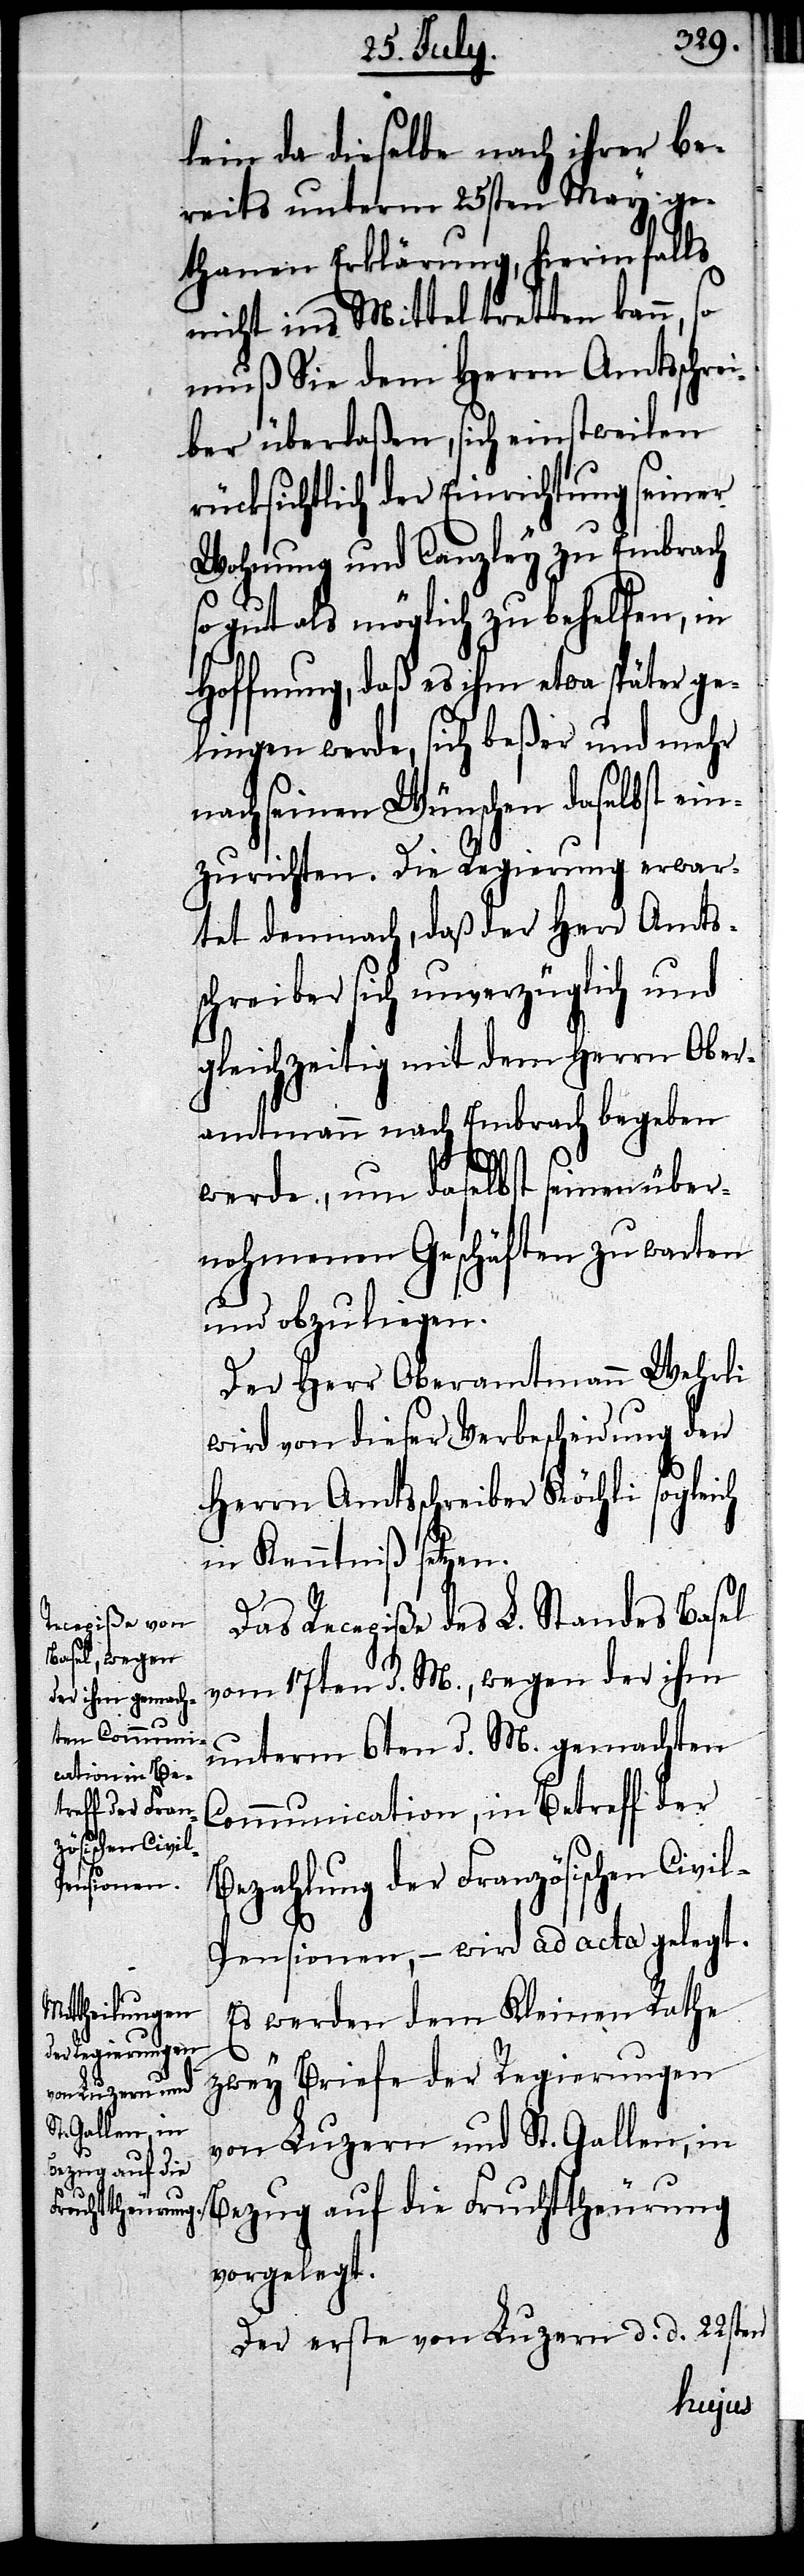
lein da dieselbe nach ihrer be¬
reits unterm 25sten May ge¬
thanen Erklärung, hierinfalls
nicht ins Mittel tretten kann, so
muß Sie dem Herrn Amtsschre¬
iber überlaßen, sich einstweilen
rücksichtlich der Einrichtung seiner
Wohnung und Canzley zu Embrach
so gut es möglich zu behelfen, in
Hoffnung, daß es ihm etwa später ge¬
lingen werde, sich beßer und mehr
nach seinen Wünschen daselbst ein¬
zurichten. Die Regierung erwar¬
tet demnach, daß der Herr Amts¬
schreiber sich unverzüglich und
gleichzeitig mit dem Herrn Ober¬
amtmann nach Embrach begeben
werde, um daselbst seinen über¬
nohmenen Geschäften zu warten
und obzuliegen.
Der Herr Oberamtmann Wehrli
wird von dieser Verbscheidung den
Herrn Amtsschreiber Köchli sogleich
in Kenntniß setzen.
Das Recepiße des L. Standes Basel
d.
Communication, in Betreff der
Bezahlung der Französischen Civi¬
l-Pensionen, – wird ad acta gelegt.
Es werden dem Kleinen Rathe
M. gemachten
zwey Briefe der Regierungen
von Luzern und St. Gallen, in
Bezug auf die
vorgelegt.
Der erste von Luzern d. d. 22sten